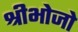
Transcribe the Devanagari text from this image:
श्रीभोजो